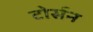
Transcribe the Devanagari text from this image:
टोर्सन